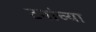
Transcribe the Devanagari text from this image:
टनांच्या